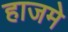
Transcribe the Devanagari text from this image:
हाजमे